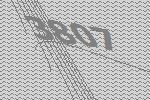
3807